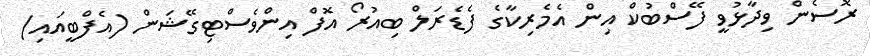
ރޮސެން ވިދާޅުވީ ފޭސްބުކް އިން އެމެރިކާގެ ފެޑެރަލް ބިއުރޯ އޮފް އިންވެސްޓިގޭޝަން (އެފްބީއައި)